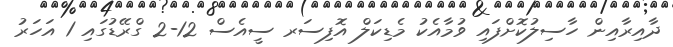
ދާއިރާއިން ހާސިލުކޮށްފައި ވުމާއެކު މެޑިކަލް އޮފިސަރ ސީއެސް 12-2 ގްރޭޑުގައި 1 އަހަރު